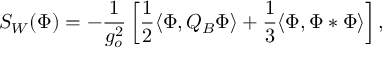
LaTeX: S _ { W } ( \Phi ) = - \frac { 1 } { g _ { o } ^ { 2 } } \left[ \frac { 1 } { 2 } \langle \Phi , Q _ { B } \Phi \rangle + \frac { 1 } { 3 } \langle \Phi , \Phi * \Phi \rangle \right] ,